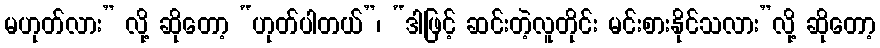
မဟုတ်လား” လို့ ဆိုတော့ “ဟုတ်ပါတယ်”၊ “ဒါဖြင့် ဆင်းတဲ့လူတိုင်း မင်းစားနိုင်သလား”လို့ ဆိုတော့